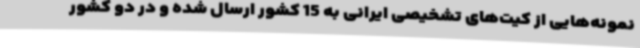
نمونه‌هایی از کیت‌های تشخیصی ایرانی به 15 کشور ارسال شده و در دو کشور